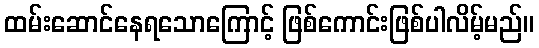
ထမ်းဆောင်နေရသောကြောင့် ဖြစ်ကောင်းဖြစ်ပါလိမ့်မည်။